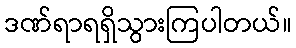
ဒဏ်ရာရရှိသွားကြပါတယ်။